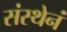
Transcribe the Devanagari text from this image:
संस्थेनं